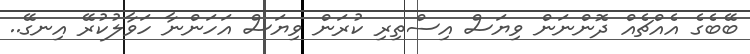
ބޭބެގެ އެއްޗެއް ދޮންނަން ވިޔަސް އިސްތިރި ކުރަން ވިޔަސް އަހަންނާ ހަވާލުކުރޭ އިނގޭ..